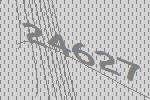
24627